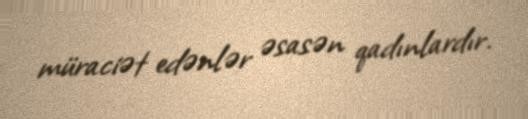
müraciət edənlər əsasən qadınlardır.